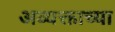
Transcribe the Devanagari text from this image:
अव्यक्ताच्या